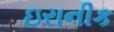
ઇરાનીક